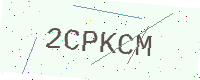
Text: 2CPKCM